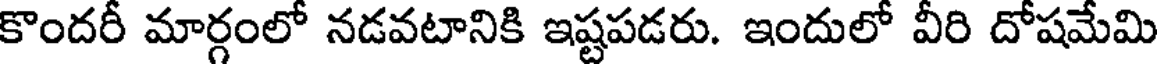
కొందరీ మార్గంలో నడవటానికి ఇష్టపడరు. ఇందులో వీరి దోషమేమి